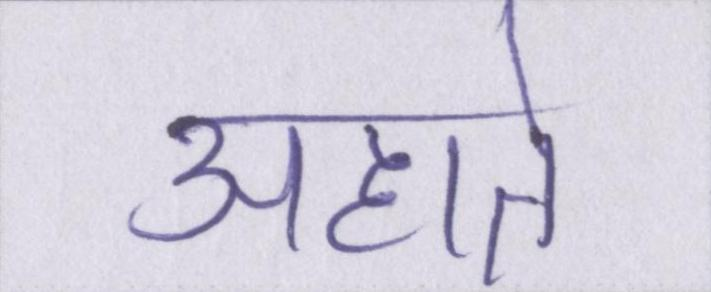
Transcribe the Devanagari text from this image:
अहाते